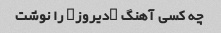
چه کسی آهنگ "دیروز" را نوشت